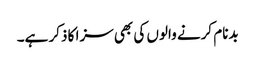
بدنام کرنے والوں کی بھی سزا کا ذکر ہے۔